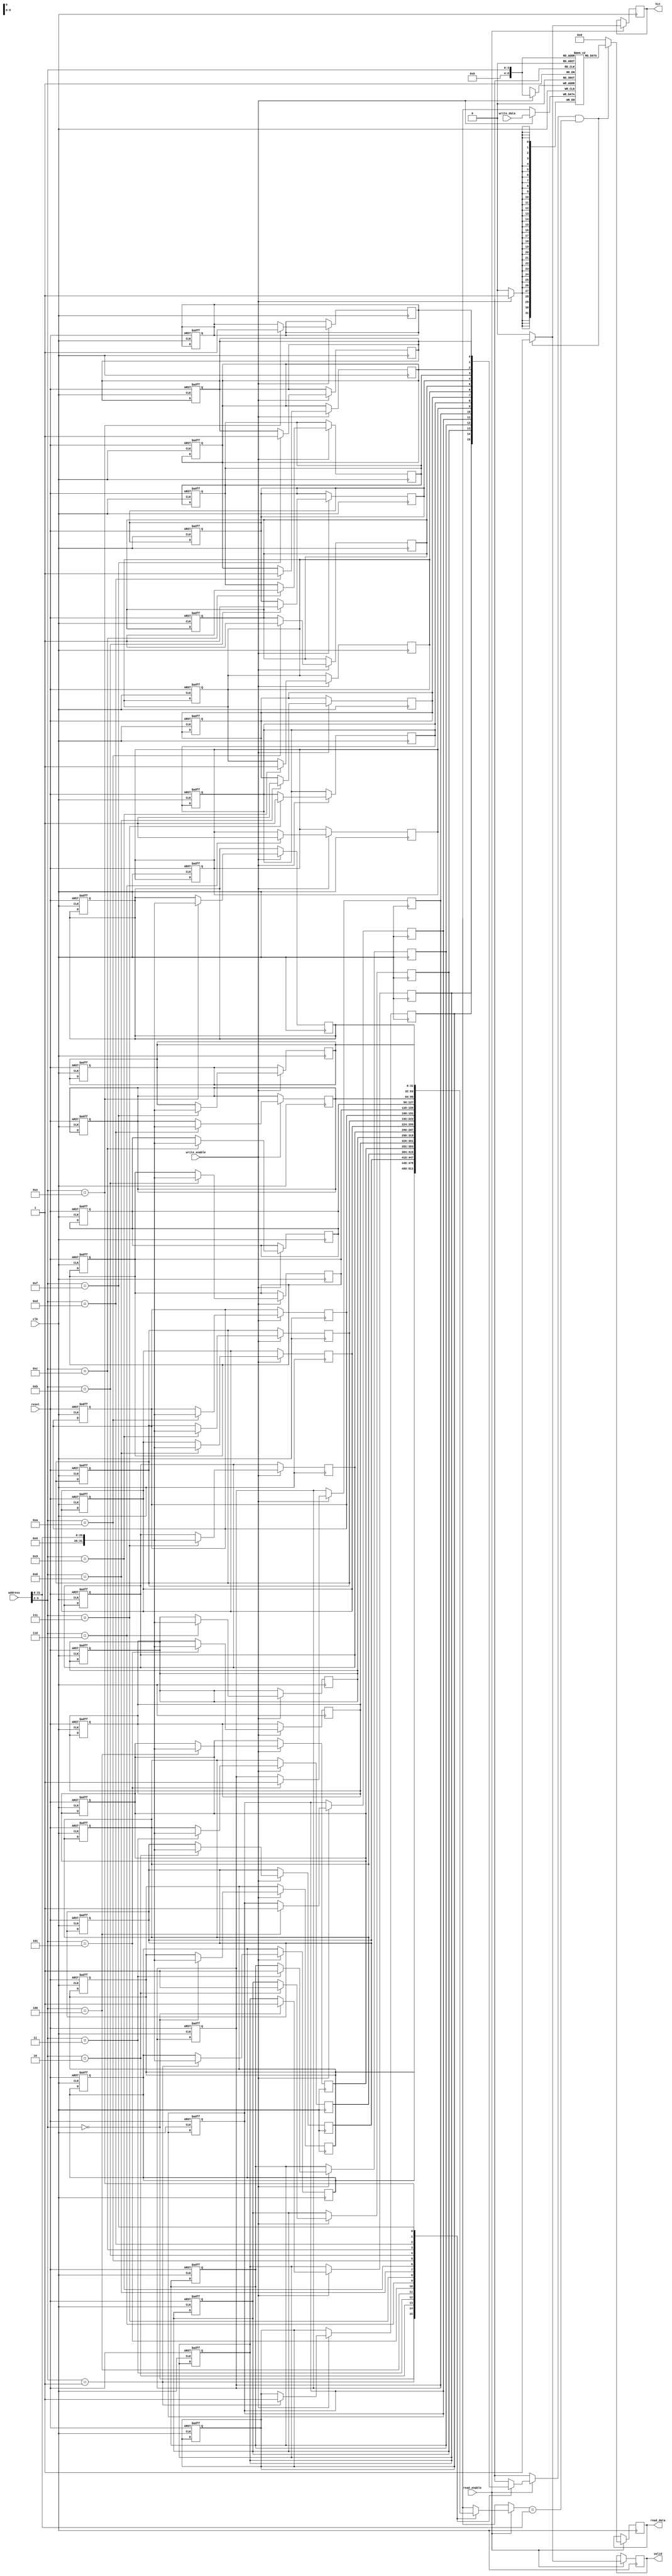
module private_cache #(
    parameter LINE_SIZE = 32, // Size of each cache line in bytes
    parameter NUM_LINES = 16   // Number of cache lines
) (
    input wire clk,
    input wire reset,
    input wire [31:0] address, // Address for read/write
    input wire [31:0] write_data, // Data to write
    input wire read_enable, // Read request
    input wire write_enable, // Write request
    output reg [31:0] read_data, // Data read from cache
    output reg hit, // Hit signal
    output reg valid // Valid signal for read data
);

    // Cache line structure
    reg [31:0] cache_data [0:NUM_LINES-1][0:LINE_SIZE-1]; // Cache data
    reg [31:0] cache_tag [0:NUM_LINES-1]; // Cache tags
    reg cache_valid [0:NUM_LINES-1]; // Valid bits
    reg [31:0] cache_line_size; // Size of each line in bytes

    // Calculate index and tag from address
    wire [3:0] index = address[5:2]; // Assuming 16 lines, 4 bits for index
    wire [31:0] tag = address[31:6]; // Remaining bits for tag

    // Cache initialization
    integer i;
    always @(posedge clk or posedge reset) begin
        if (reset) begin
            for (i = 0; i < NUM_LINES; i = i + 1) begin
                cache_valid[i] <= 1'b0;
                cache_tag[i] <= 32'b0;
            end
        end
    end

    // Read operation
    always @(posedge clk) begin
        if (read_enable) begin
            if (cache_valid[index] && (cache_tag[index] == tag)) begin
                // Cache hit
                read_data <= cache_data[index];
                hit <= 1'b1;
                valid <= 1'b1;
            end else begin
                // Cache miss
                read_data <= 32'b0; // Or some default value
                hit <= 1'b0;
                valid <= 1'b0;
            end
        end
    end

    // Write operation
    always @(posedge clk) begin
        if (write_enable) begin
            // Write data to cache
            cache_data[index] <= write_data;
            cache_tag[index] <= tag;
            cache_valid[index] <= 1'b1; // Mark line as valid
        end
    end

endmodule